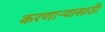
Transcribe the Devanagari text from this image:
करणाऱ्यासाठी